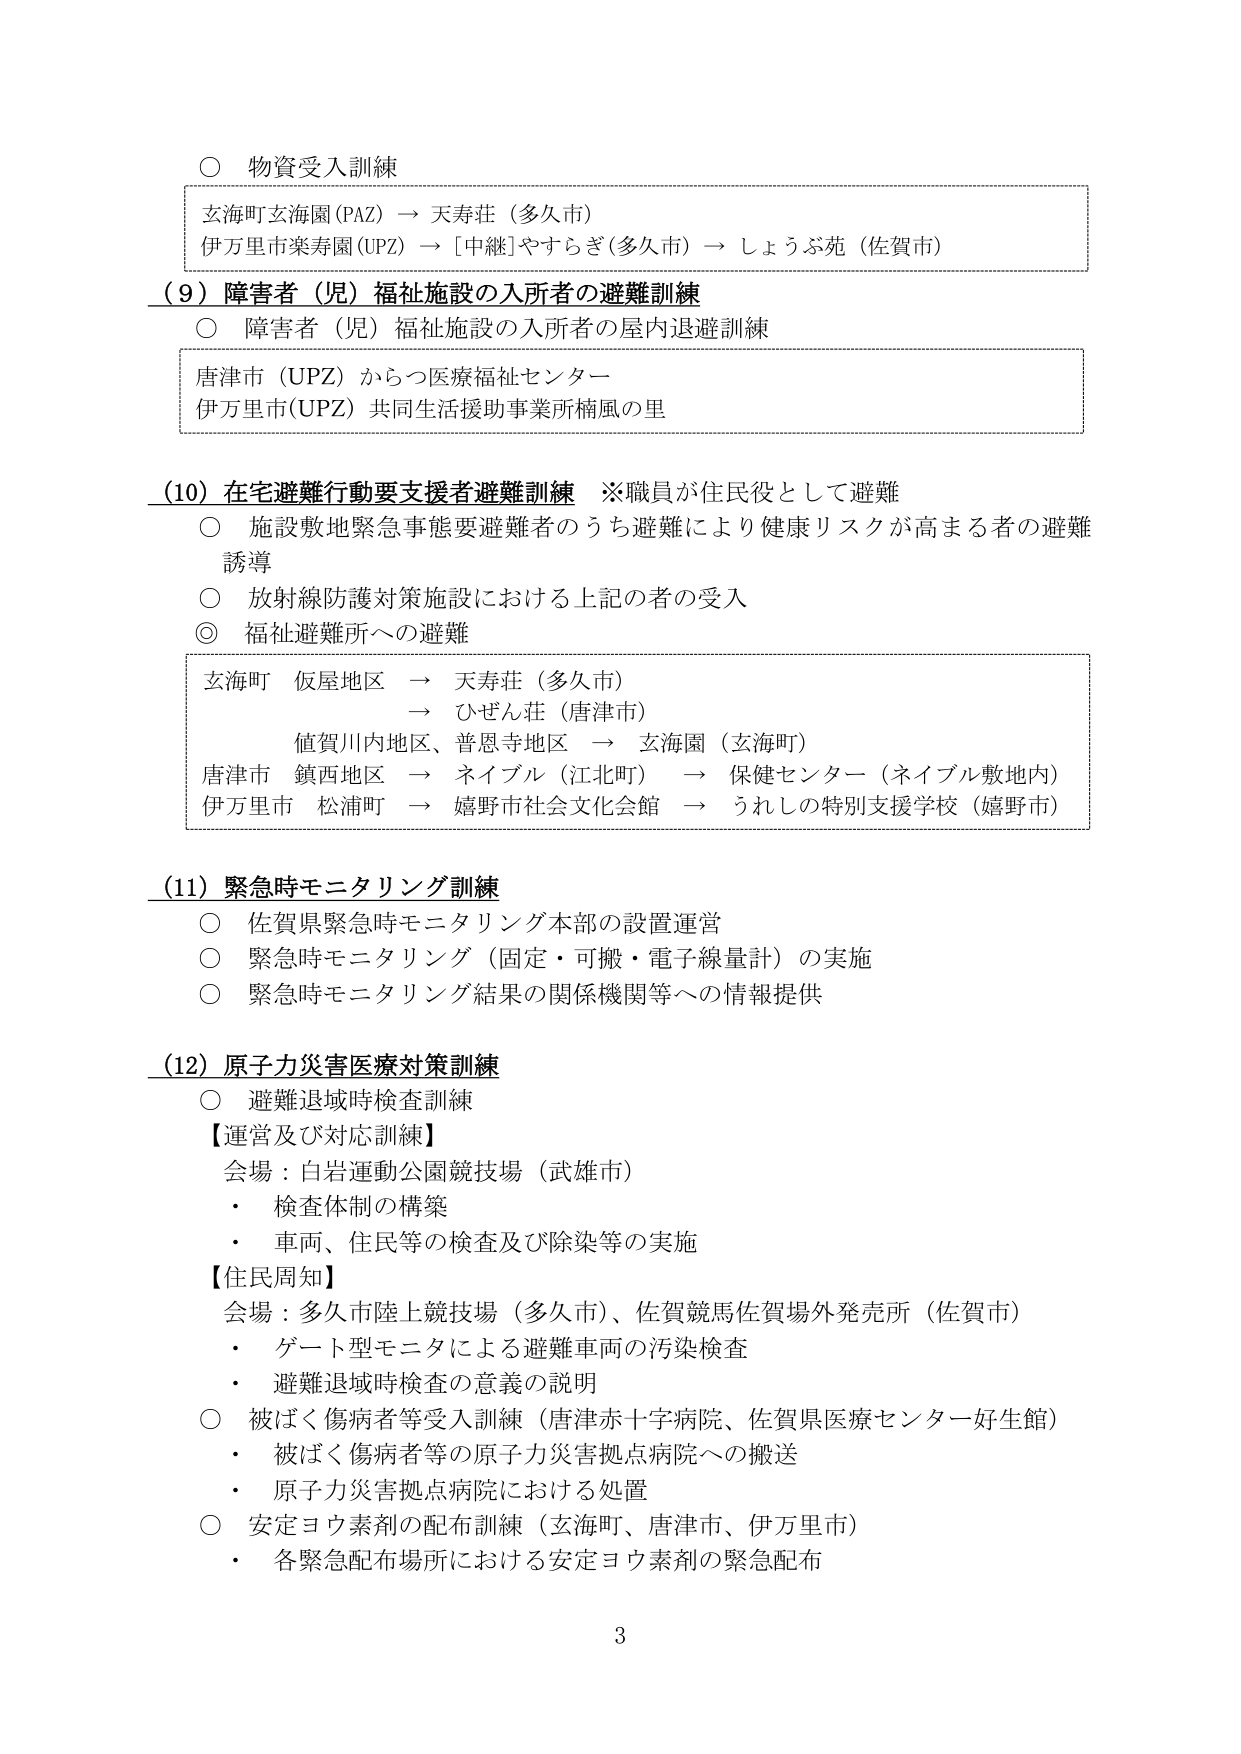
○ 物資受入訓練
玄海町玄海園（PAZ）→ 天寿荘（多久市）
伊万里市楽寿園（UPZ）→ [中継]やすらぎ（多久市）→ しょうぶ苑（佐賀市）

（9）障害者（児）福祉施設の入所者の避難訓練
○ 障害者（児）福祉施設の入所者の屋内退避訓練
唐津市（UPZ）からつ医療福祉センター
伊万里市（UPZ）共同生活援助事業所楠風の里

（10）在宅避難行動要支援者避難訓練 ※職員が住民役として避難
○ 施設敷地緊急事態要避難者のうち避難により健康リスクが高まる者の避難誘導
○ 放射線防護対策施設における上記の者の受入
◎ 福祉避難所への避難
玄海町 仮屋地区 → 天寿荘（多久市）
　　　　　　　　　→ ひぜん荘（唐津市）
　　　値賀川内地区、普恩寺地区 → 玄海園（玄海町）
唐津市 鎮西地区 → ネイブル（江北町） → 保健センター（ネイブル敷地内）
伊万里市 松浦町 → 嬉野市社会文化会館 → うれしの特別支援学校（嬉野市）

（11）緊急時モニタリング訓練
○ 佐賀県緊急時モニタリング本部の設置運営
○ 緊急時モニタリング（固定・可搬・電子線量計）の実施
○ 緊急時モニタリング結果の関係機関等への情報提供

（12）原子力災害医療対策訓練
○ 避難退域時検査訓練
【運営及び対応訓練】
　会場：白岩運動公園競技場（武雄市）
　・ 検査体制の構築
　・ 車両、住民等の検査及び除染等の実施
【住民周知】
　会場：多久市陸上競技場（多久市）、佐賀競馬佐賀場外発売所（佐賀市）
　・ ゲート型モニタによる避難車両の汚染検査
　・ 避難退域時検査の意義の説明
○ 被ばく傷病者等受入訓練（唐津赤十字病院、佐賀県医療センター好生館）
　・ 被ばく傷病者等の原子力災害拠点病院への搬送
　・ 原子力災害拠点病院における処置
○ 安定ヨウ素剤の配布訓練（玄海町、唐津市、伊万里市）
　・ 各緊急配布場所における安定ヨウ素剤の緊急配布

3